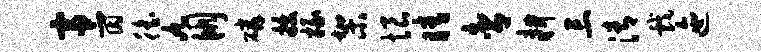
富氤徭九朋磷拔掾架恨睛舍耕三清戏迤